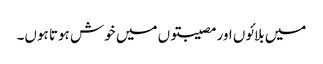
میں بلائوں اور مصیبتوں میں خوش ہوتا ہوں۔